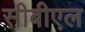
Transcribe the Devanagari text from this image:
सीबीएल